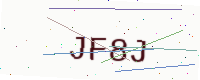
Text: JF8J